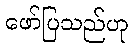
ဖော်ပြသည်ဟု